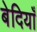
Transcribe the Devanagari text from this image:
बेदियाँ